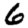
Digit: 6